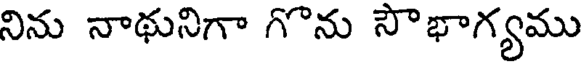
నిను నాథునిగా గొను సౌభాగ్యము